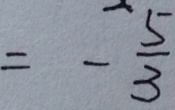
= - \frac { 5 } { 3 }